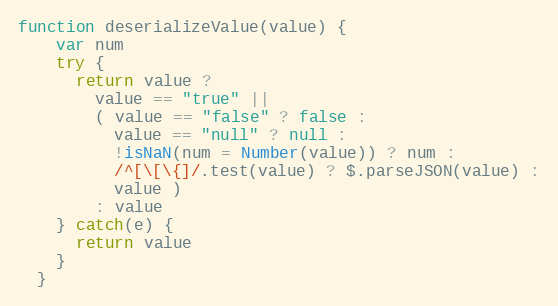
Language: JavaScript
function deserializeValue(value) {
    var num
    try {
      return value ?
        value == "true" ||
        ( value == "false" ? false :
          value == "null" ? null :
          !isNaN(num = Number(value)) ? num :
          /^[\[\{]/.test(value) ? $.parseJSON(value) :
          value )
        : value
    } catch(e) {
      return value
    }
  }